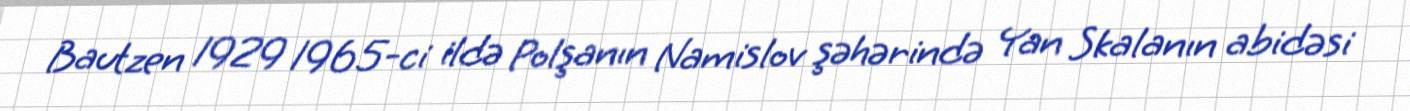
Bautzen 1929 1965-ci ildə Polşanın Namislov şəhərində Yan Skalanın abidəsi